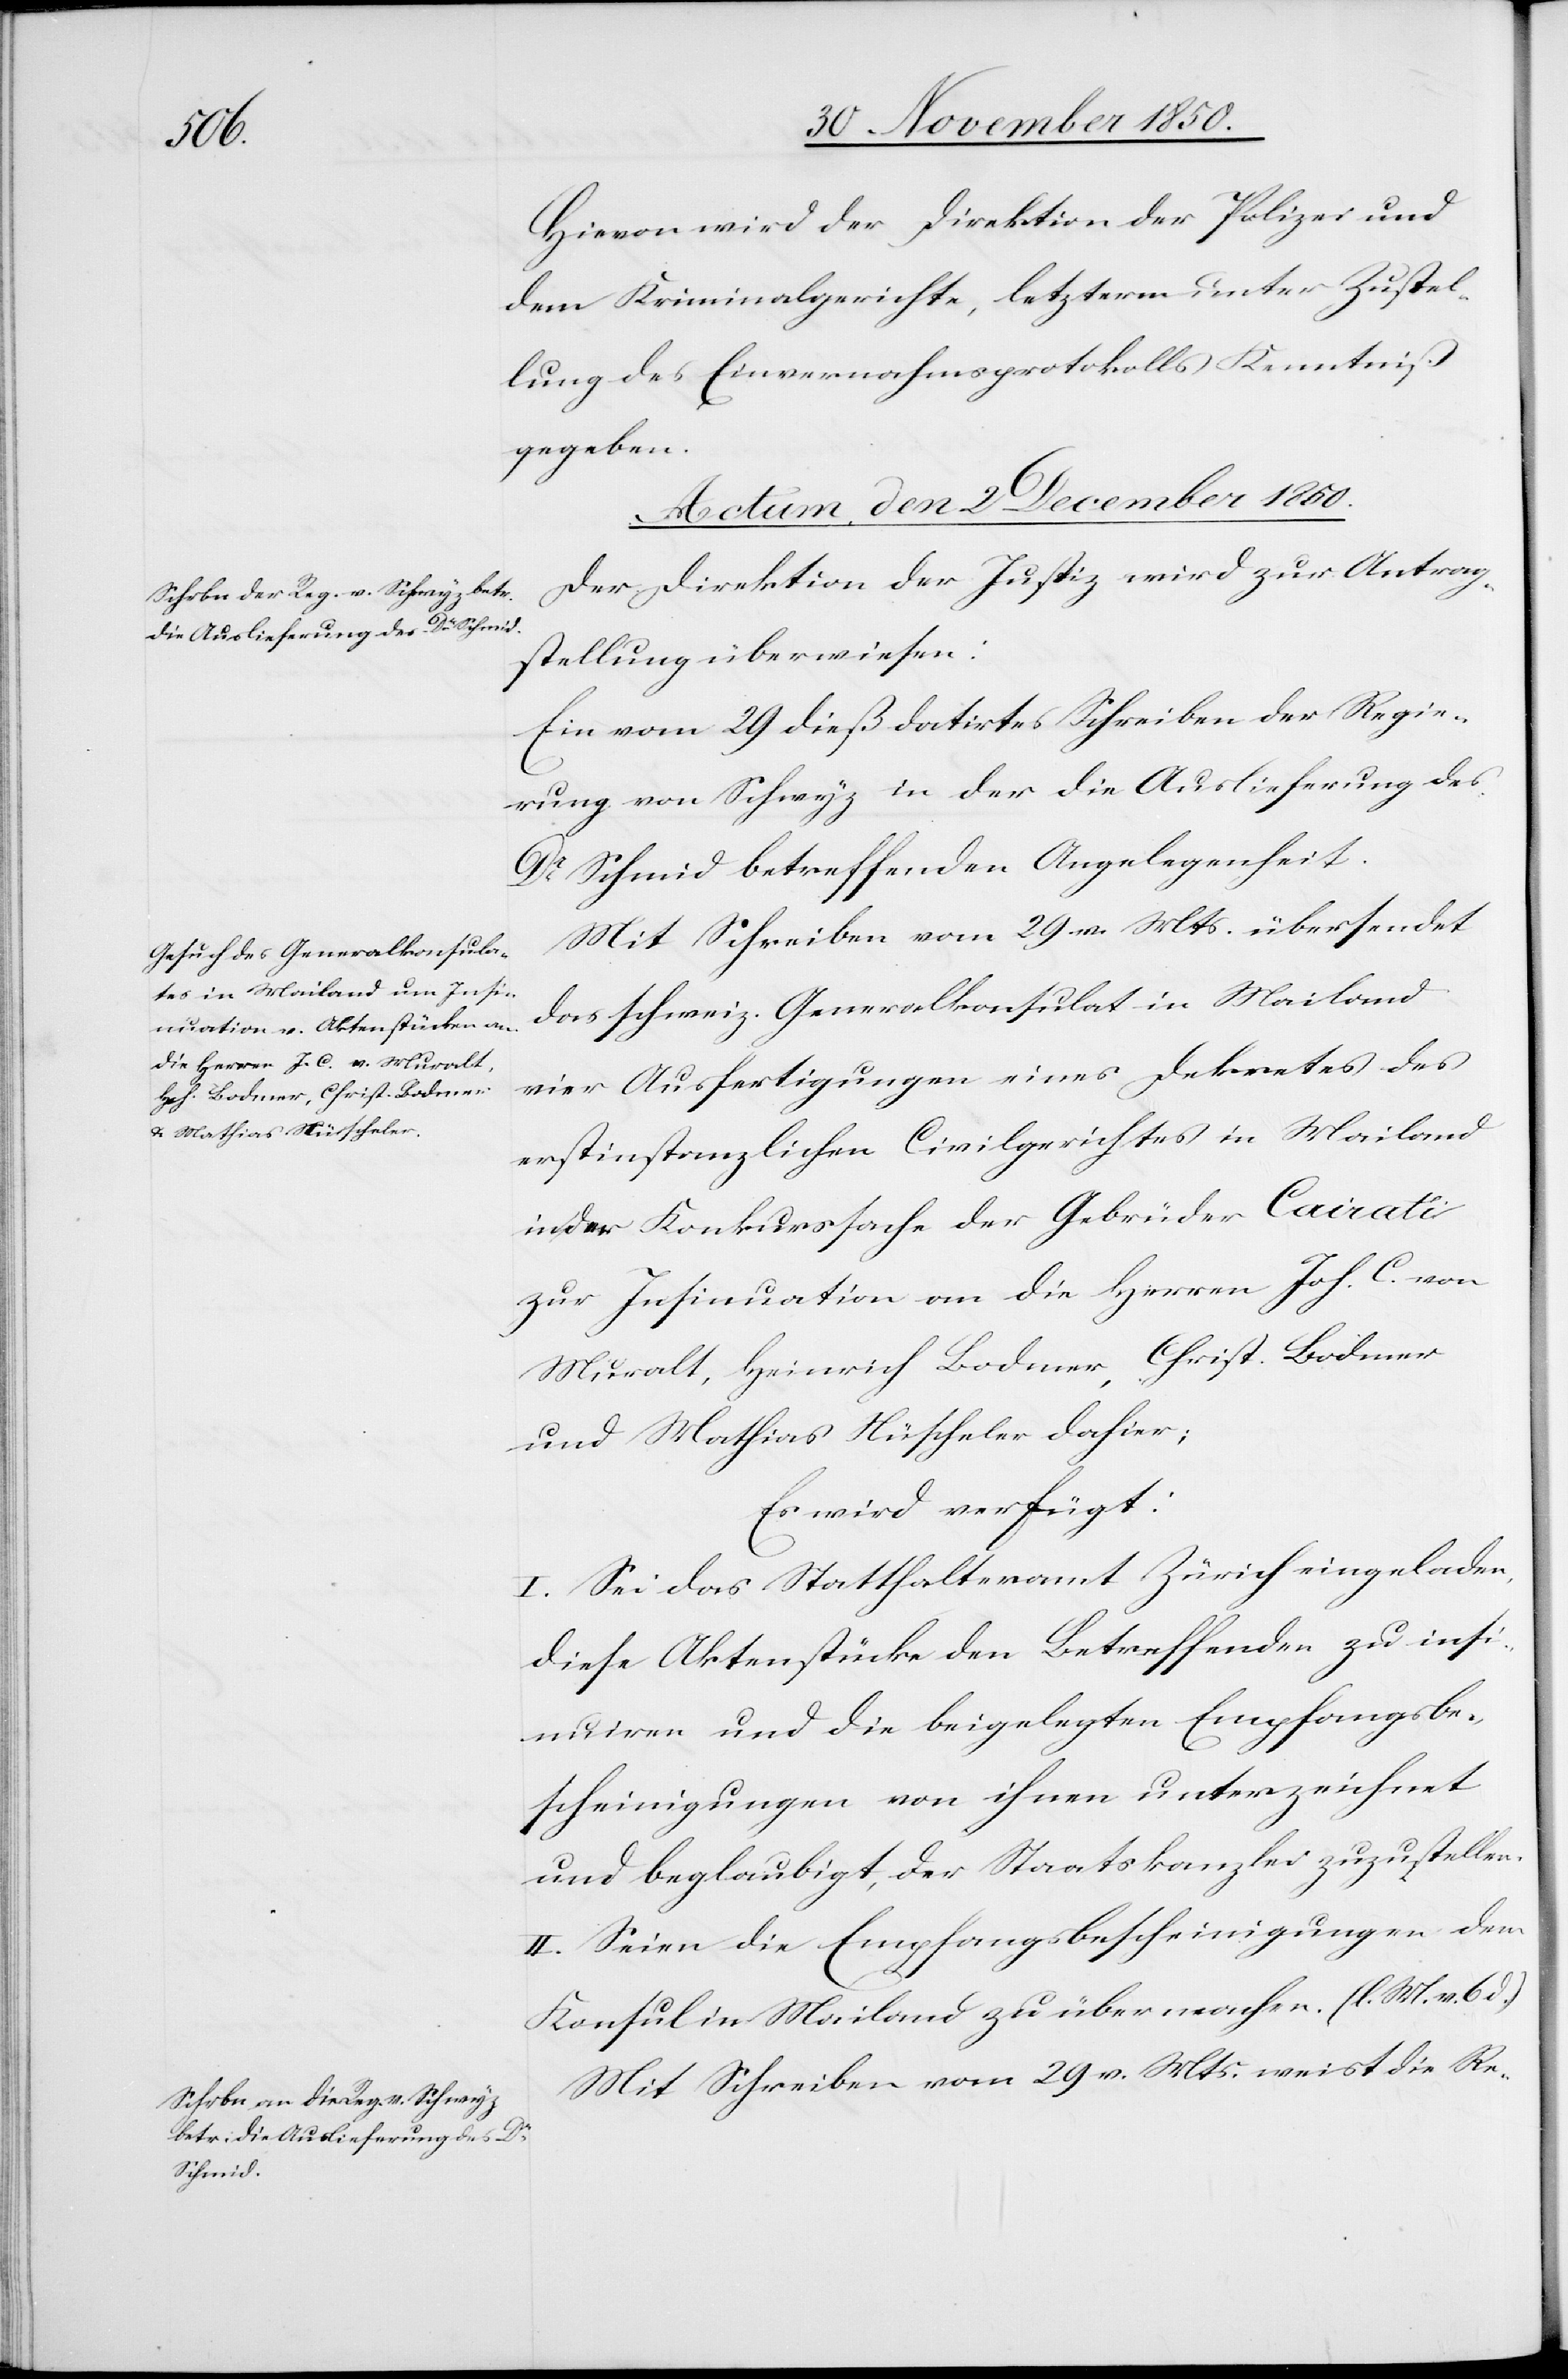
Hievon wird der Direktion der Polizei und
dem Kriminalgerichte, letzterm unter Zustel¬
lung des Einvernahmsprotokolls Kenntniß
gegeben.
Actum, den 2 December 1850.]
6.
Der Direktion der Justiz wird zur Antrag¬
stellung überwiesen:
Ein vom 29 dieß datirtes Schreiben der Regie¬
rung von Schwyz in der die Auslieferung des
Dr Schmid betreffenden Angelegenheit.
Mit Schreiben vom 29 v. Mts. übersendet
das schweiz. Generalkonsulat in Mailand
vier Ausfertigungen eines Dekretes des
erstinstanzlichen Civilgerichtes in Mailand
in der Konkurssache der Gebrüder Cairati
zur Insinuation an die Herren Joh. C. von
Muralt, Heinrich Bodmer, Christ. Bodmer
und Mathias Nüscheler dahier;
Es wird verfügt:
I. Sei das Statthalteramt Zürich eingeladen,
diese Aktenstücke den Betreffenden zu ins¬
inuiren und die beigelegten Empfangsbe¬
scheinigungen von ihnen unterzeichnet
und beglaubigt, der Staatskanzlei zuzustellen.
II. Seien die Empfangsbescheinigungen dem
Konsul in Mailand zu übermachen. (l. M. v.
Mit Schreiben vom 29 v. Mts. weist die Re-